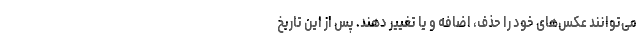
می‌توانند عکس‌های خود را حذف، اضافه و یا تغییر دهند. پس از این تاریخ